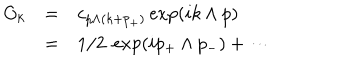
\begin{array} { r c l } { { O _ { k } } } & { { = } } & { { \displaystyle c _ { p \wedge ( k + p _ { + } ) } \exp ( i k \wedge p ) } } \\ { { } } & { { = } } & { { \displaystyle 1 / 2 ~ \exp ( i p _ { + } \wedge p _ { - } ) + \cdots } } \\ \end{array}